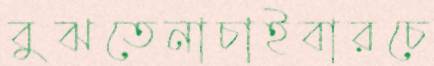
বুঝতেনাচাইবারচে